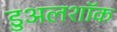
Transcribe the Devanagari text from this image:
डुअलशॉक